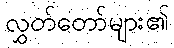
လွှတ်တော်များ၏